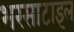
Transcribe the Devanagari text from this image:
भरसाटाइल